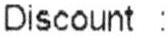
DISCOUNT :